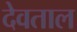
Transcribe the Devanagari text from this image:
देवताल